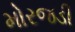
મોરજડી